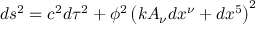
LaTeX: d s ^ { 2 } = c ^ { 2 } d \tau ^ { 2 } + \phi ^ { 2 } \left( k A _ { \nu } d x ^ { \nu } + d x ^ { 5 } \right) ^ { 2 }